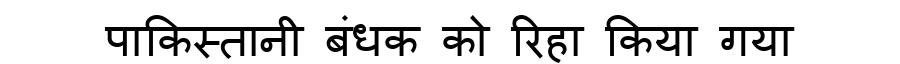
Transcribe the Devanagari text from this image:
पाकिस्तानी बंधक को रिहा किया गया